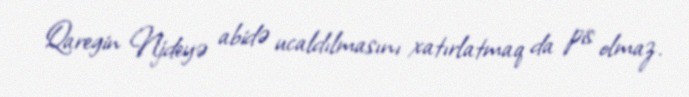
Qaregin Njdeyə abidə ucaldılmasını xatırlatmaq da pis olmaz.